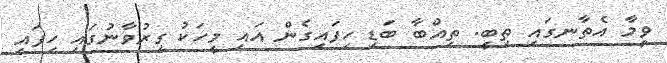
ވީމާ އެތާނގައި ތިބީ. ތިއްބާ ބަޑި ހިފައިގެން އައި މީހަކު ގިރުވާނުގައި ހިފައި